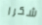
شكرا